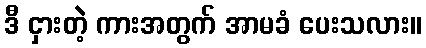
ဒီ ငှားတဲ့ ကားအတွက် အာမခံ ပေးသလား။